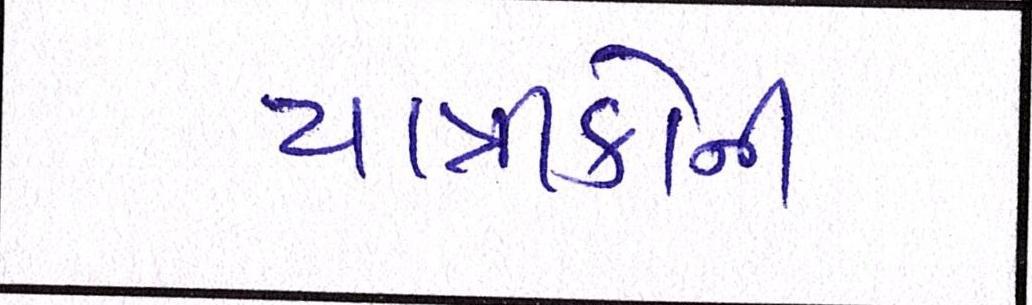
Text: યાત્રીકોની